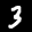
Label: 3